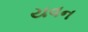
યવન